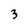
Character: 3